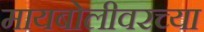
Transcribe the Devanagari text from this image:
मायबोलीवरच्या